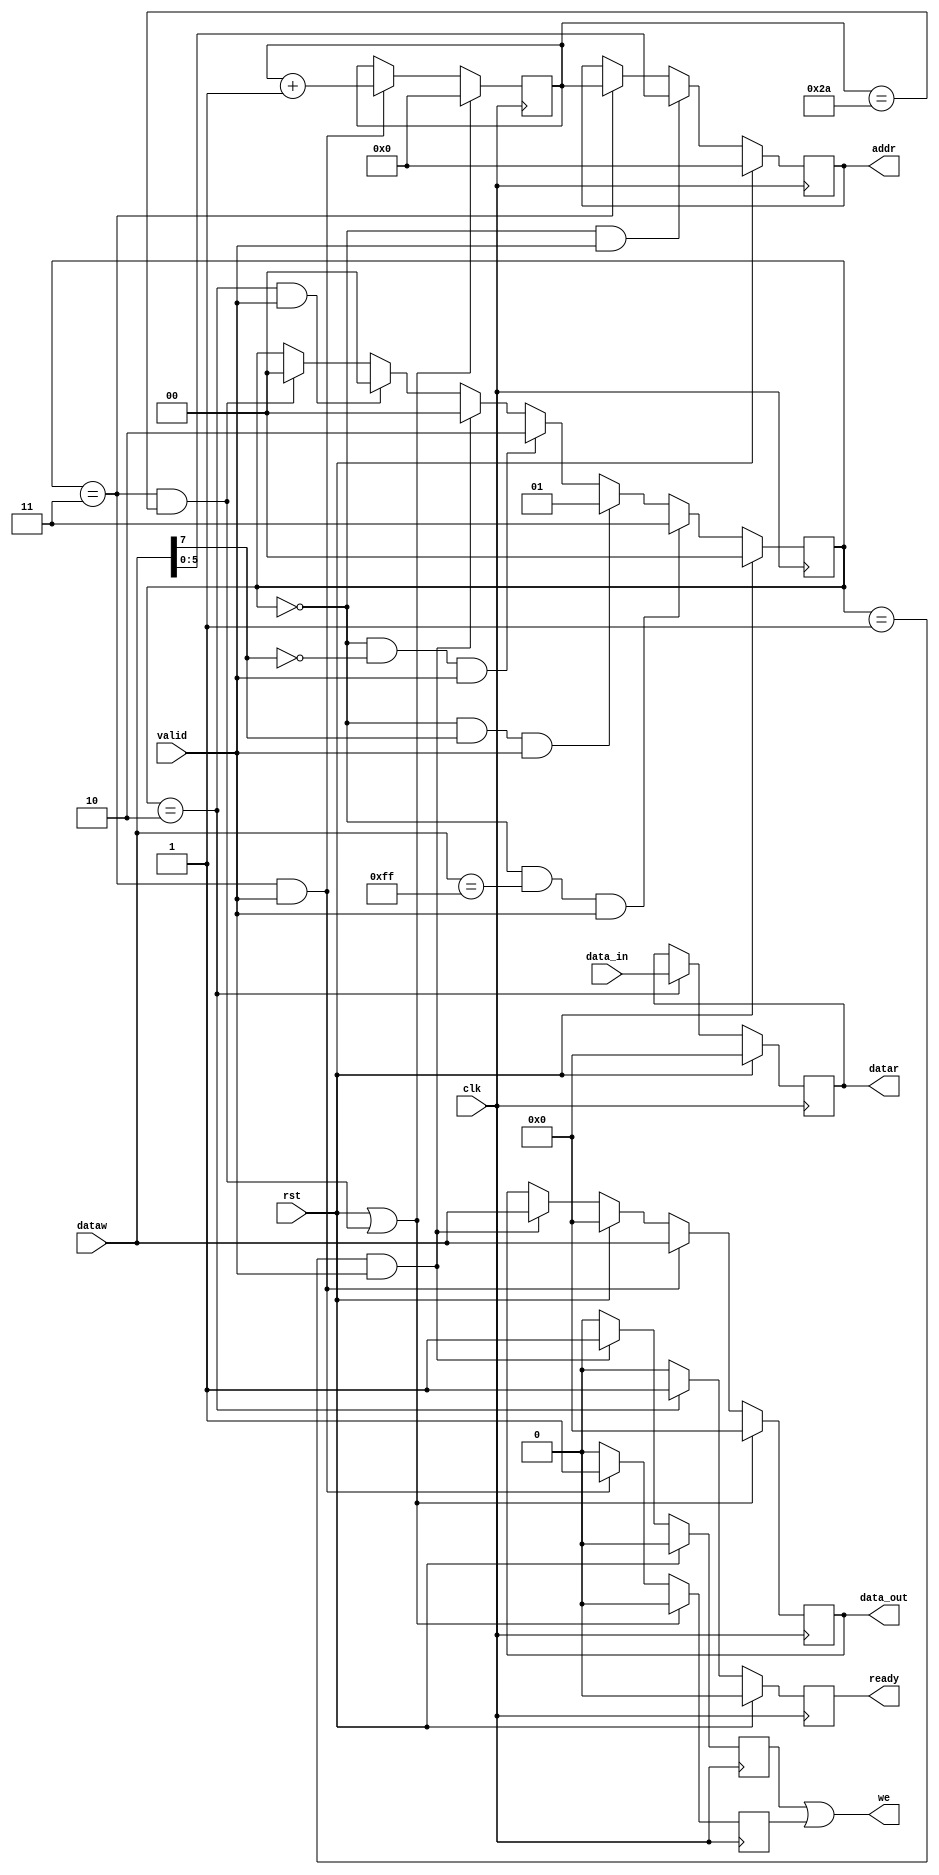
/**********************************************************************
 * Created by Hanssel Morales. 
 * Last Rev.: 03-03-2020
 * ACCESS CONTROLER
 **********************************************************************/
//`timescale 1ns / 1ps
module access_controler #(parameter nregwr = 41,parameter nregr = 6)
	(
	input clk,
	input rst,

	output we,
	output reg [7:0]data_out,
	output reg [$clog2(nregwr+nregr)-1:0]addr,
	input [7:0]data_in,

	output reg ready,
	output reg [7:0]datar,
	input [7:0]dataw,
	input valid
		);
	localparam adrr_s=0;
	localparam write=1;
	localparam read=2;
	localparam burst=3;
	
	reg [$clog2(nregwr)-1:0]burst_cnt;
	reg [1:0] state;
	always @(posedge clk) begin
		if(rst)begin
			state<=adrr_s;
		end
		else if( state==adrr_s & dataw==8'hFF & valid)begin
			state<=burst;
		end
		else if( state==adrr_s & dataw[7] & valid)begin
			state<=write;
		end
		else if( state==adrr_s & ~dataw[7] & valid)begin
			state<=read;
		end
		else if( state==write & valid )begin
			state<=adrr_s;			
		end
		else if( state==read & valid )
			state<=adrr_s;
		else if( state==burst & burst_cnt==(nregwr+1) )
			state<=adrr_s;
	end
	reg single_we;
	reg burst_we;
	assign we = single_we | burst_we;

	always @(posedge clk) begin

		//****sampling address*******
		if(rst)
			addr<=0;
		else if( state==adrr_s & valid)
			addr<=dataw[$clog2(nregwr+nregr)-1:0];
		else if(state==burst)
			addr<=burst_cnt;
		//*********************
		//****Write transaction actions***

		if(rst)begin
			data_out<=0;
			single_we<=0;
		end
		else if(state==write & valid )begin
			single_we<=1;
			data_out<=dataw;
		end
		else 
			single_we<=0;
		//**************
		
		//****Read transaction actions**
		if(rst)begin
			datar<=0;
			ready<=0;
		end 
		else if(state==read)begin
			datar<=data_in;
			ready<=1;
		end
		else
			ready<=0;
		//**************

		//****BURST transaction actions**
		if(rst | state==burst & burst_cnt==(nregwr+1) )begin
			burst_cnt<=0;
			data_out<=0;
			burst_we<=0;
		end
		else if(state==burst & valid )begin
			burst_cnt <= burst_cnt+1;
			burst_we  <= 1 ;
			data_out  <=dataw;
		end
		else 
			burst_we  <=0;

		//*******************************

	end
endmodule